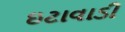
ઇટાવાડી